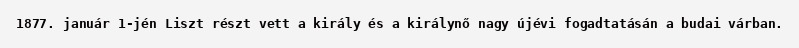
1877. január 1-jén Liszt részt vett a király és a királynő nagy újévi fogadtatásán a budai várban.